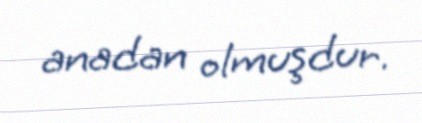
anadan olmuşdur.